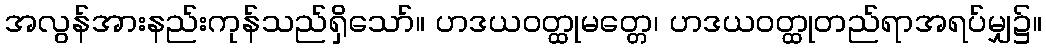
အလွန်အားနည်းကုန်သည်ရှိသော်။ ဟဒယဝတ္ထုမတ္တေ၊ ဟဒယဝတ္ထုတည်ရာအရပ်မျှ၌။